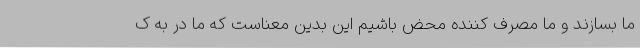
ما بسازند و ما مصرف کننده محض باشیم این بدین معناست که ما در به ک